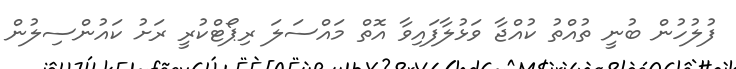
ފުލުހުން ބުނީ ތުއްތު ކުއްޖާ ވަޅުލާފައިވާ އޮތް މައްސަލަ ރިޕޯޓްކުރީ ރަށު ކައުންސިލުން